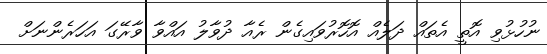
ނުހުޅުވި އޮތީ އެތައް ދަލެއް އޮހޮރުވައިގެން ރެއާ ދުވާލު އައްވާ ވާރޭގަ އަހަރެންނަށް